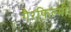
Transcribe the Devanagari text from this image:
गैरफिल्मी